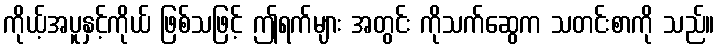
ကိုယ့်အပူနှင့်ကိုယ် ဖြစ်သဖြင့် ဤရက်များ အတွင်း ကိုသက်ဆွေက သတင်းစာကို သည်။